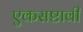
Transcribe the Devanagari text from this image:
एकसष्टावी